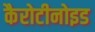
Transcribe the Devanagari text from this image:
कैरोटीनोइड